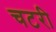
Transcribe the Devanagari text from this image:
चटरी